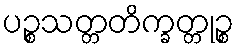
ပဉ္စသတ္တတိက္ခတ္တုဉ္စ